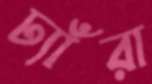
ঢ্যাঁরা